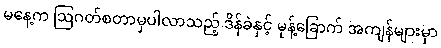
မနေ့က ဩဂတ်စတာမှပါလာသည့် ဒိန်ခဲနှင့် မုန့်ခြောက် အကျန်များမှာ